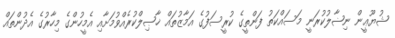
ޝުޔޫޢީން ނިޟާލުކުރަނީ މަސައްކަތު ފަންތީގެ ކުރީސަފުގެ އަމާޒުތައް ޚާޞިލްކުރެއްވުމަށާއި އެމީހުންގެ މިހާރުގެ އެދުންތައް